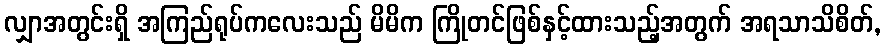
လျှာအတွင်းရှိ အကြည်ရုပ်ကလေးသည် မိမိက ကြိုတင်ဖြစ်နှင့်ထားသည့်အတွက် အရသာသိစိတ်,